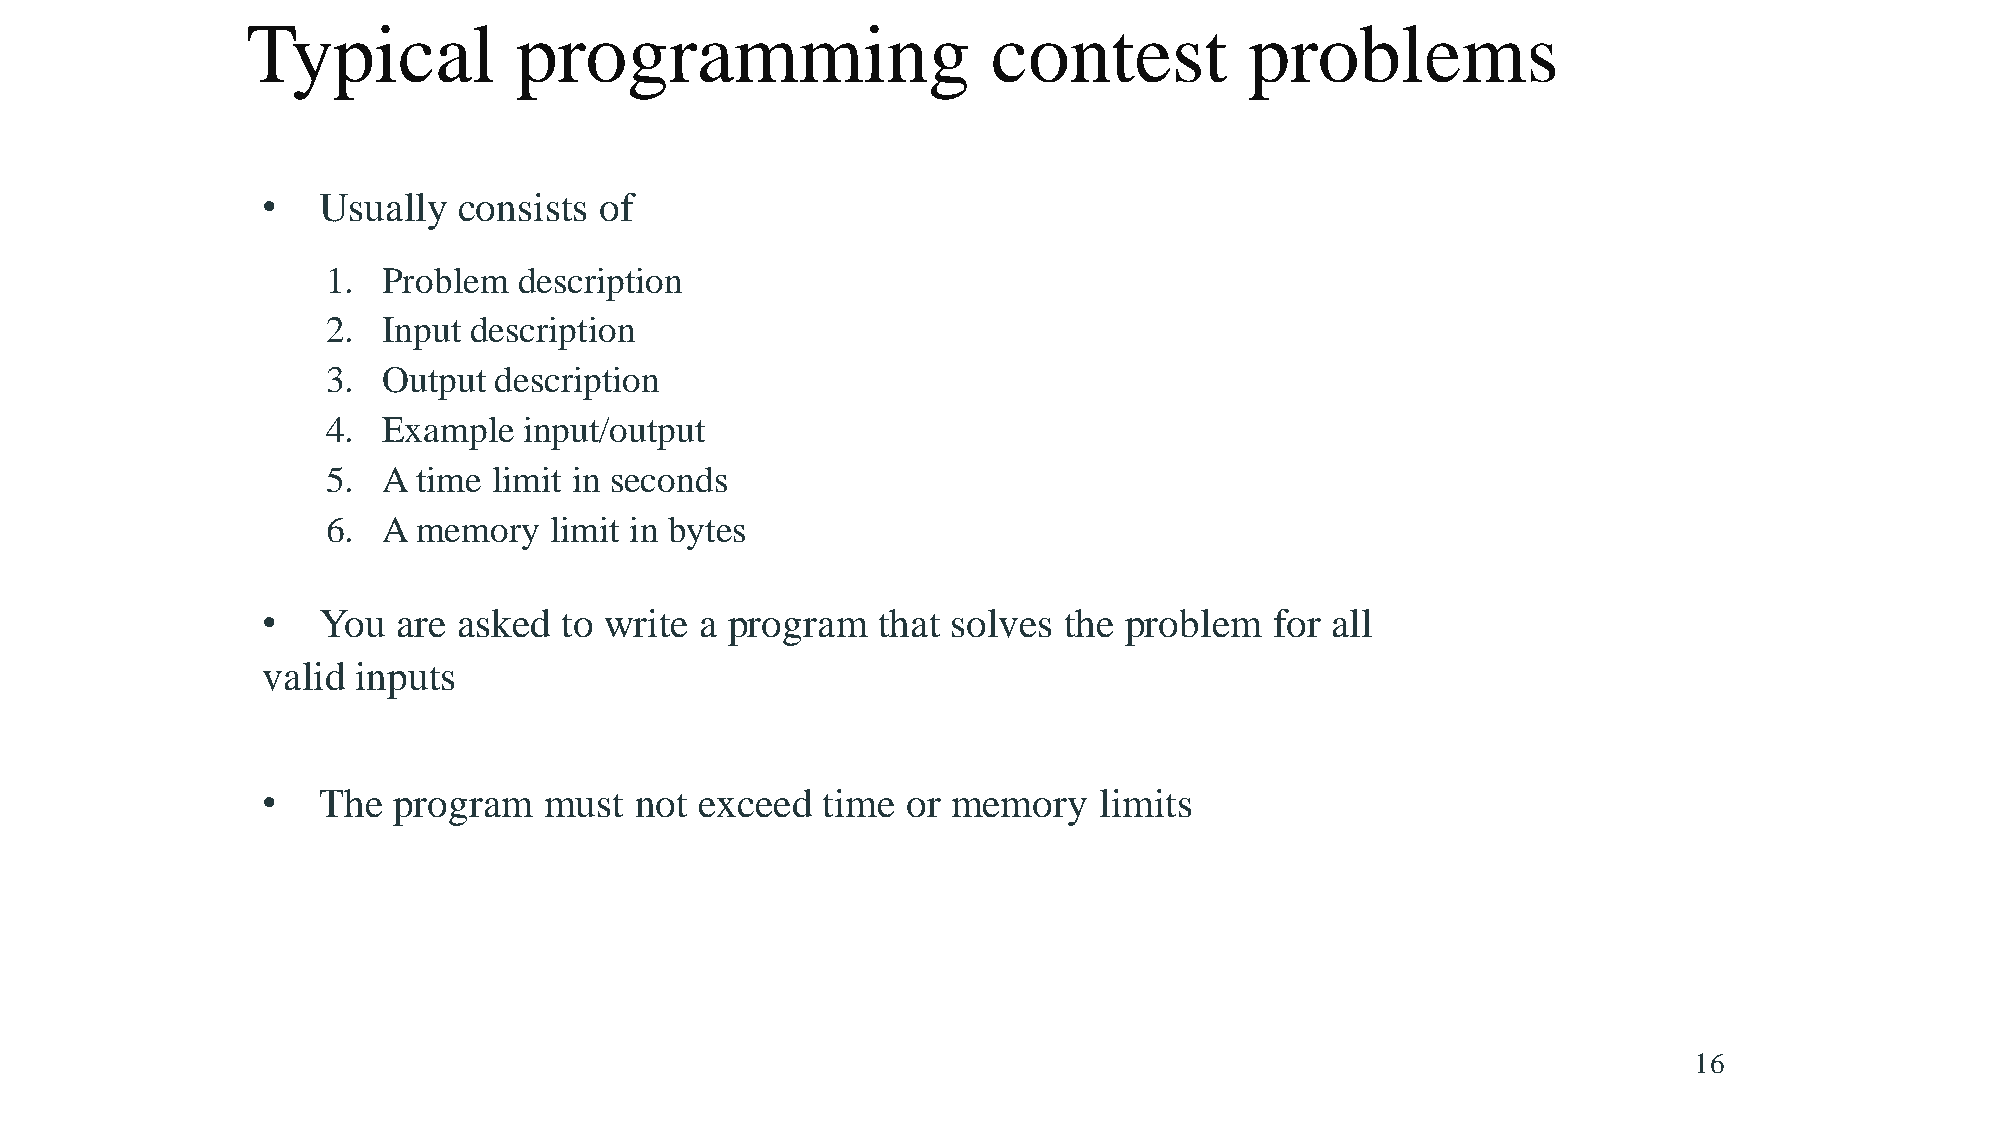
Typical           programming                     contest          problems
 •   Usually  consists  of
 1. Problem  description
 2. Input description
 3. Output  description
 4. Example   input/output
 5. A  time limit in seconds
 6. A  memory  limit in bytes
 •   You  are asked  to write a program   that solves the problem   for all
 valid  inputs
 •   The  program   must  not exceed  time  or memory    limits
 16